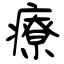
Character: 療